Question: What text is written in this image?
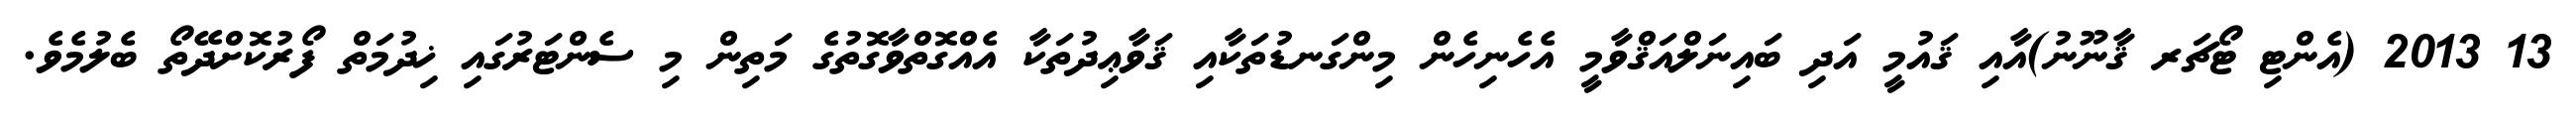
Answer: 13 2013 (އެންޓި ޓޯޗަރ ޤާނޫނު)އާއި ޤައުމީ އަދި ބައިނަލްއަޤްވާމީ އެހެނިހެން މިންގަނޑުތަކާއި ޤަވާޢިދުތަކާ އެއްގޮތްވާގޮތުގެ މަތިން މި ސެންޓަރުގައި ޚިދުމަތް ފޯރުކޮށްދޭތޯ ބެލުމެވެ.